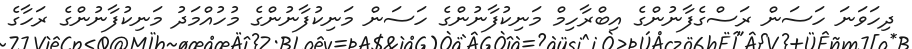
ދިހަވަނަ ހަސަން ރަސްގެފާނުންގެ އިބްރާހިމް މަނިކުފާނުންގެ ހަސަން މަނިކުފާނުންގެ މުހުއްމަދު މަނިކުފާނުންގެ ރަހާގެ